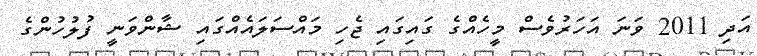
އަދި 2011 ވަނަ އަހަރުވެސް މީހެއްގެ ގައިގައި ޖެހި މައްސަލައެއްގައި ޝާންވަނީ ފުލުހުންގެ